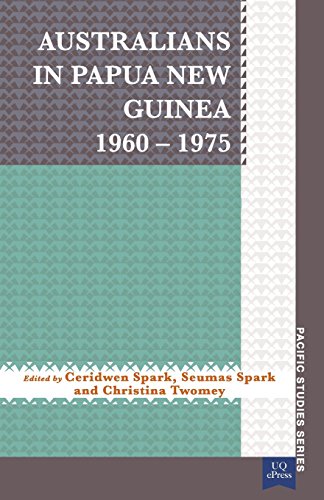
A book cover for Australians in Papua New Guinea 1960EE1975 (Pacific Studies series); History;